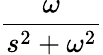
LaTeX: \frac{\omega}{s^{2}+\omega^{2}}